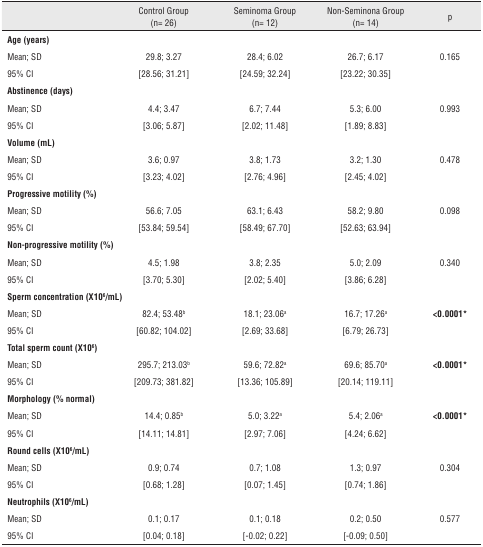
<table><thead><tr><td><b> </b></td><td><b>Control Group (n= 26)</b></td><td><b>Seminoma Group (n= 12)</b></td><td><b>Non-Seminona Group (n= 14)</b></td><td><b>p</b></td></tr></thead><tbody><tr><td><b>Age (years)</b></td><td> </td><td> </td><td> </td><td> </td></tr><tr><td>Mean; SD</td><td>29.8; 3.27</td><td>28.4; 6.02</td><td>26.7; 6.17</td><td>0.165</td></tr><tr><td>95% CI</td><td>[28.56; 31.21]</td><td>[24.59; 32.24]</td><td>[23.22; 30.35]</td><td> </td></tr><tr><td><b>Abstinence (days)</b></td><td> </td><td> </td><td> </td><td> </td></tr><tr><td>Mean; SD</td><td>4.4; 3.47</td><td>6.7; 7.44</td><td>5.3; 6.00</td><td>0.993</td></tr><tr><td>95% CI</td><td>[3.06; 5.87]</td><td>[2.02; 11.48]</td><td>[1.89; 8.83]</td><td> </td></tr><tr><td><b>Volume (mL)</b></td><td> </td><td> </td><td> </td><td> </td></tr><tr><td>Mean; SD</td><td>3.6; 0.97</td><td>3.8; 1.73</td><td>3.2; 1.30</td><td>0.478</td></tr><tr><td>95% CI</td><td>[3.23; 4.02]</td><td>[2.76; 4.96]</td><td>[2.45; 4.02]</td><td> </td></tr><tr><td colspan="2"><b>Progressive motility (%)</b></td><td> </td><td> </td><td> </td></tr><tr><td>Mean; SD</td><td>56.6; 7.05</td><td>63.1; 6.43</td><td>58.2; 9.80</td><td>0.098</td></tr><tr><td>95% CI</td><td>[53.84; 59.54]</td><td>[58.49; 67.70]</td><td>[52.63; 63.94]</td><td> </td></tr><tr><td colspan="2"><b>Non-progressive motility (%)</b></td><td> </td><td> </td><td> </td></tr><tr><td>Mean; SD</td><td>4.5; 1.98</td><td>3.8; 2.35</td><td>5.0; 2.09</td><td>0.340</td></tr><tr><td>95% CI</td><td>[3.70; 5.30]</td><td>[2.02; 5.40]</td><td>[3.86; 6.28]</td><td> </td></tr><tr><td colspan="2"><b>Sperm concentration (X10</b><sup><b>6</b></sup><b>/mL)</b></td><td> </td><td> </td><td> </td></tr><tr><td>Mean; SD</td><td>82.4; 53.48<sup>b</sup></td><td>18.1; 23.06<sup>a</sup></td><td>16.7; 17.26<sup>a</sup></td><td><b>&lt;0.0001*</b></td></tr><tr><td>95% CI</td><td>[60.82; 104.02]</td><td>[2.69; 33.68]</td><td>[6.79; 26.73]</td><td> </td></tr><tr><td colspan="2"><b>Total sperm count (X10</b><sup><b>6</b></sup><b>)</b></td><td> </td><td> </td><td> </td></tr><tr><td>Mean; SD</td><td>295.7; 213.03<sup>b</sup></td><td>59.6; 72.82<sup>a</sup></td><td>69.6; 85.70<sup>a</sup></td><td><b>&lt;0.0001*</b></td></tr><tr><td>95% CI</td><td>[209.73; 381.82]</td><td>[13.36; 105.89]</td><td>[20.14; 119.11]</td><td> </td></tr><tr><td colspan="2"><b>Morphology (% normal)</b></td><td> </td><td> </td><td> </td></tr><tr><td>Mean; SD</td><td>14.4; 0.85<sup>b</sup></td><td>5.0; 3.22<sup>a</sup></td><td>5.4; 2.06<sup>a</sup></td><td><b>&lt;0.0001*</b></td></tr><tr><td>95% CI</td><td>[14.11; 14.81]</td><td>[2.97; 7.06]</td><td>[4.24; 6.62]</td><td> </td></tr><tr><td colspan="2"><b>Round cells (X10</b><sup><b>6</b></sup><b>/mL)</b></td><td> </td><td> </td><td> </td></tr><tr><td>Mean; SD</td><td>0.9; 0.74</td><td>0.7; 1.08</td><td>1.3; 0.97</td><td>0.304</td></tr><tr><td>95% CI</td><td>[0.68; 1.28]</td><td>[0.07; 1.45]</td><td>[0.74; 1.86]</td><td> </td></tr><tr><td colspan="2"><b>Neutrophils (X10</b><sup><b>6</b></sup><b>/mL)</b></td><td> </td><td> </td><td> </td></tr><tr><td>Mean; SD</td><td>0.1; 0.17</td><td>0.1; 0.18</td><td>0.2; 0.50</td><td>0.577</td></tr><tr><td>95% CI</td><td>[0.04; 0.18]</td><td>[-0.02; 0.22]</td><td>[-0.09; 0.50]</td><td> </td></tr></tbody></table>